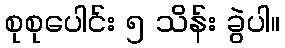
စုစုပေါင်း ၅ သိန်း ခွဲပါ။